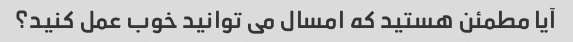
آیا مطمئن هستید که امسال می توانید خوب عمل کنید؟